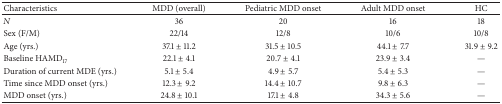
| Characteristics | MDD (overall) | Pediatric MDD onset | Adult MDD onset | HC |
 | --- | --- | --- | --- | --- |
 | N | 36 | 20 | 16 | 18 |
 | Sex (F/M) | 22/14 | 12/8 | 10/6 | 10/8 |
 | Age (yrs.) | 37.1 ± 11.2 | 31.5 ± 10.5 | 44.1 ± 7.7 | 31.9 ± 9.2 |
 | Baseline HAMD17 | 22.1 ± 4.1 | 20.7 ± 4.1 | 23.9 ± 3.4 | — |
 | Duration of current MDE (yrs.) | 5.1 ± 5.4 | 4.9 ± 5.7 | 5.4 ± 5.3 | — |
 | Time since MDD onset (yrs.) | 12.3 ± 9.2 | 14.4 ± 10.7 | 9.8 ± 6.3 | — |
 | MDD onset (yrs.) | 24.8 ± 10.1 | 17.1 ± 4.8 | 34.3 ± 5.6 | — |